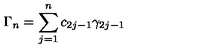
\Gamma _ { n } = \sum _ { j = 1 } ^ { n } c _ { 2 j - 1 } \gamma _ { 2 j - 1 }